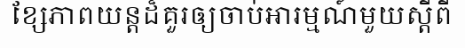
ខ្សែភាពយន្តដ៏គួរឲ្យចាប់អារម្មណ៍មួយស្តីពី